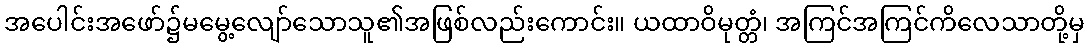
အပေါင်းအဖော်၌မမွေ့လျော်သောသူ၏အဖြစ်လည်းကောင်း။ ယထာဝိမုတ္တံ၊ အကြင်အကြင်ကိလေသာတို့မှ